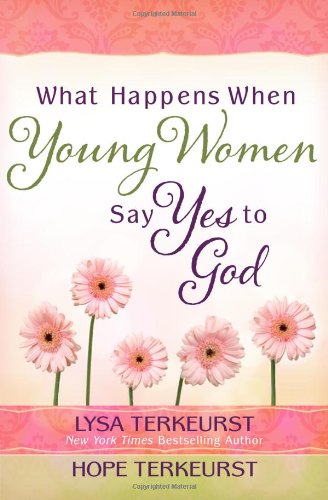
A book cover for What Happens When Young Women Say Yes to God: Embracing God's Amazing Adventure for You; Lysa TerKeurst; Christian Books & Bibles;